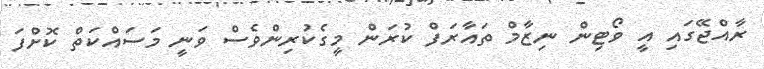
ރާއްޖޭގައި އީ ވޯޓިން ނިޒާމް ތައާރަފް ކުރަން މީގެކުރިންވެސް ވަނީ މަސައްކަތް ކޮށްފަ